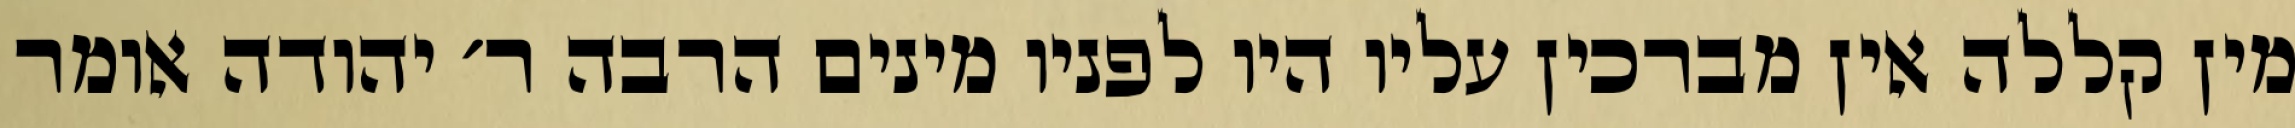
מין קללה אין מברכין עליו היו לפניו מינים הרבה ר׳ יהודה אומר